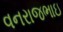
વનરાજભાઇ